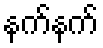
နက်နက်